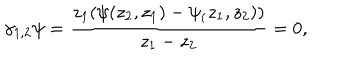
LaTeX: \gamma _ { 1 , 2 } \psi = \frac { z _ { 1 } ( \psi ( z _ { 2 } , z _ { 1 } ) - \psi _ { ( } z _ { 1 } , z _ { 2 } ) ) } { z _ { 1 } - z _ { 2 } } = 0 ,